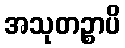
အသုတဉ္စာပိ